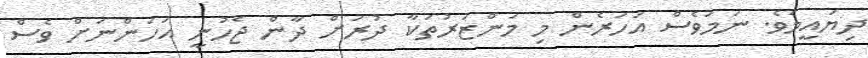
ދިޔައީމެވެ. ނަމަވެސް އަހަރެން މި މަންޒަރުތަކާ ދުރަށް ދާން ޖެހުނީ އަހަންނަށް ވެސް